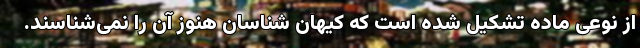
از نوعی ماده تشکیل شده است که کیهان شناسان هنوز آن را نمی‌شناسند.